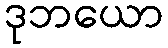
ဒုဘယော